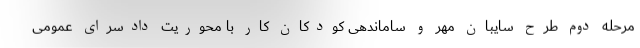
مرحله دوم طرح سایبان مهر و ساماندهی کودکان کار با محوریت دادسرای عمومی